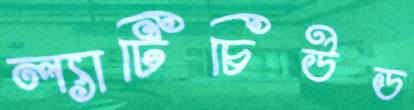
ল্যাটিচিউড